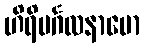
ဟိရိမင်္ဂလနာမော